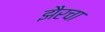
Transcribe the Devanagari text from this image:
झैरचा